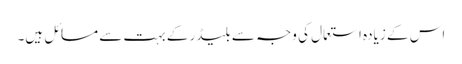
اس کے زیادہ استعمال کی وجہ سے بلیڈر کے بہت سے مسائل ہیں۔